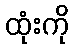
ထုံးကို